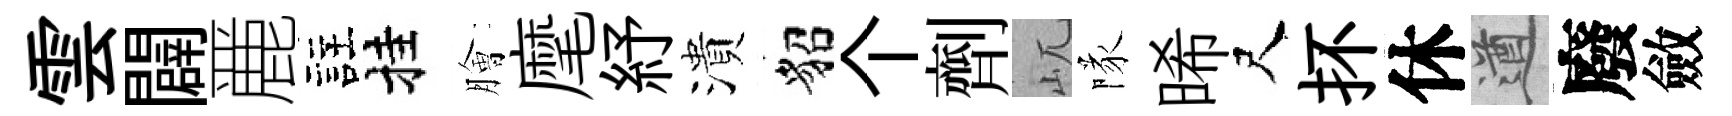
雲闢䴡註挂膾麾紓潰貂个劑屼隊晞尺抔休遒廢斂